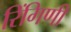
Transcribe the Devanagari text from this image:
रिंगिणी